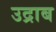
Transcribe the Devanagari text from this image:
उद्राब